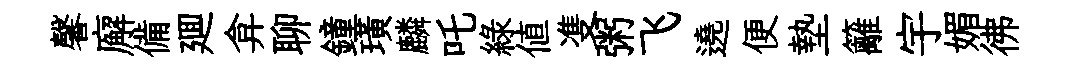
馨廨備廽弇聊鐘璜麟吒綠值㕠粥飞遶便墊籬宇媚彿